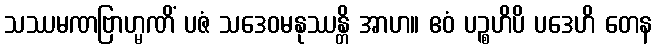
သဿမဏဗြာဟ္မဏိံ ပဇံ သဒေဝမနုဿန္တိ အာဟ။ ဧဝံ ပဉ္စဟိပိ ပဒေဟိ တေန